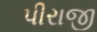
પીરાજી